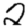
Digit: 2